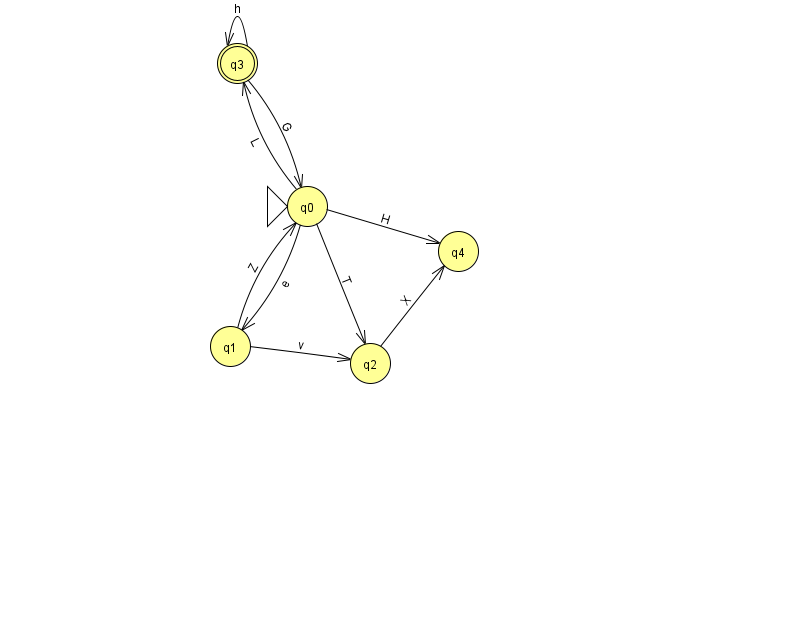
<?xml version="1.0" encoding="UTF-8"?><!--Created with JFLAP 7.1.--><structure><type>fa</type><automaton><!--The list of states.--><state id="0" name="q0"><x>307.0</x><y>193.0</y><initial/></state><state id="1" name="q1"><x>230.0</x><y>333.0</y></state><state id="2" name="q2"><x>370.0</x><y>350.0</y></state><state id="3" name="q3"><x>237.0</x><y>50.0</y><final/></state><state id="4" name="q4"><x>458.0</x><y>238.0</y></state><!--The list of transitions.--><transition><from>2</from><to>4</to><read>X</read></transition><transition><from>0</from><to>1</to><read>e</read></transition><transition><from>3</from><to>0</to><read>G</read></transition><transition><from>0</from><to>2</to><read>T</read></transition><transition><from>3</from><to>3</to><read>h</read></transition><transition><from>1</from><to>0</to><read>Z</read></transition><transition><from>1</from><to>2</to><read>v</read></transition><transition><from>0</from><to>4</to><read>H</read></transition><transition><from>0</from><to>3</to><read>L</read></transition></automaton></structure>